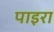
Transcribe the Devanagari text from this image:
पाइरा